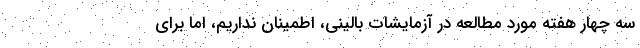
سه چهار هفته مورد مطالعه در آزمایشات بالینی، اطمینان نداریم، اما برای